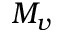
M _ { v }